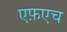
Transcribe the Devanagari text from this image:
एफ़एच